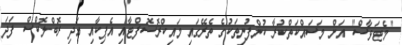
"މެޓަވާސް" އަށް މަސައްކަތްކުރާ ކުންފުނިތަކުގެ ތެރޭގައި މައިކްރޮސޮފްޓާއި އެޕިކާއި އަދި ރޮބްލޮކްސް ފަދަ